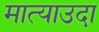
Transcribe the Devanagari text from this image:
मात्याउदा